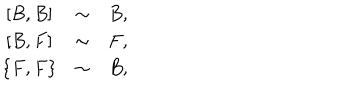
LaTeX: \begin{array} { c c c } { { \left[ B , B \right] } } & { { \sim } } & { { B , } } \\ { { \left[ B , F \right] } } & { { \sim } } & { { F , } } \\ { { \left\{ F , F \right\} } } & { { \sim } } & { { B , } } \\ \end{array}